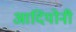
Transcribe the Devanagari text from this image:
आदियोनी